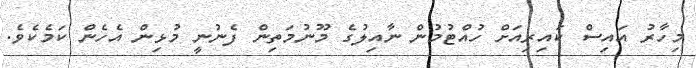
މިހާރު އައިސް ކައިރިއަށް ހުއްޓުމުން ނާއިލުގެ މޫނުމަތިން ފެނުނީ މުޅިން އެހެން ކަމެކެވެ.